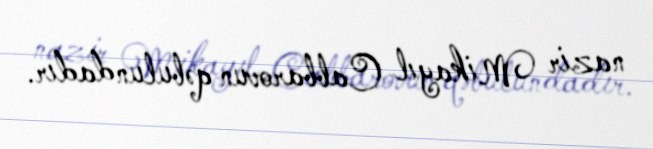
nazir Mikayıl Cabbarovun qəbulundadır.